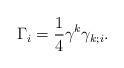
LaTeX: \begin{align*}\Gamma_i = \frac{1}{4}\gamma^k\gamma_{k;i}. \end{align*}